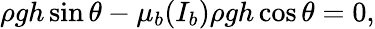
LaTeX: \rho gh\sin\theta-\mu_{b}(I_{b})\rho gh\cos\theta=0,